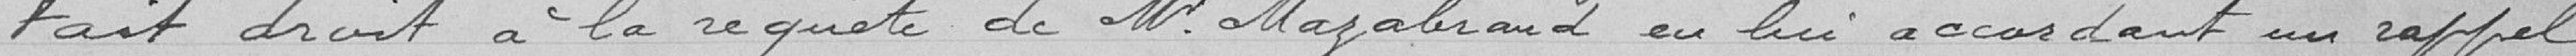
Fait droit à la requête de Monsieur Mazabrand en lui accordant un rappek